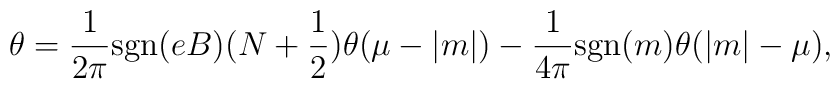
\theta = \frac{1}{2 \pi} {\rm sgn}(eB) (N + \frac{1}{2})\theta (\mu - |m|) -\frac{1}{4 \pi} {\rm sgn}(m) \theta (|m| - \mu),